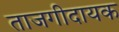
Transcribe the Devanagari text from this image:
ताजगीदायक